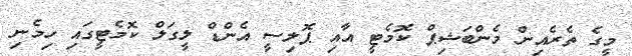
މީގެ ތެރެއިން މެންބަޝިޕް ކޮމެޓީ އާއި ޕޮލިސީ އެންޑް ލީގަލް ކޮމެޓީގައި ހިމެނި